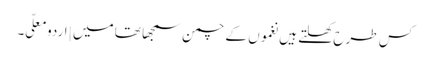
کس طرح کھلتے ہیں نغموں کے چمن سمجھا تھا میں | اردو معلّی ۔